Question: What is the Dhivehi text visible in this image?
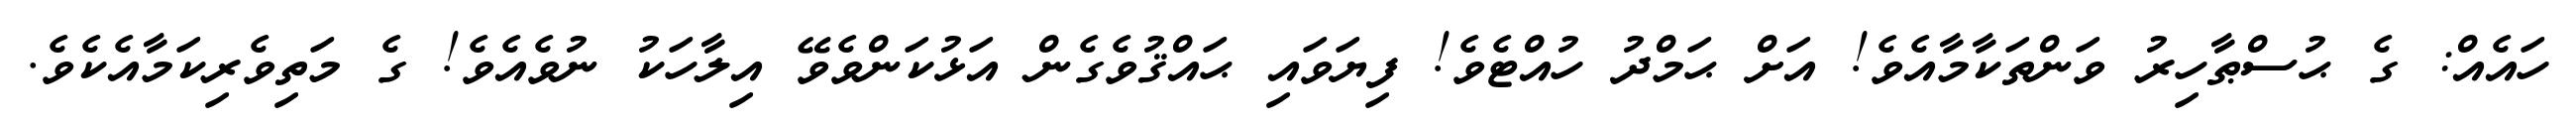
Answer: ހައެއް: ގެ ޙުސްޠާހިރު ވަންތަކާމާއެވެ! އަށް ޙަމްދު ހުއްޓެވެ! ފިޔަވައި ޙައްޤުވެގެން އަޅުކަންވެވޭ އިލާހަކު ނުވެއެވެ! ގެ މަތިވެރިކަމާއެކެވެ.